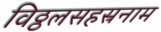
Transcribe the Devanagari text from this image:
विठ्ठलसहस्रनाम